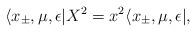
LaTeX: \begin{align*} \langle x_\pm,\mu,\epsilon | X^2 = x^2 \langle x_\pm ,\mu,\epsilon|,\end{align*}